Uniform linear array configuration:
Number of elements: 8
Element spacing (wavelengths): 0.75
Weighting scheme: binomial
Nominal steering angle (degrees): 30
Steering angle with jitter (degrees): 29.172
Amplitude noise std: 0.05
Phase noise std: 0.05

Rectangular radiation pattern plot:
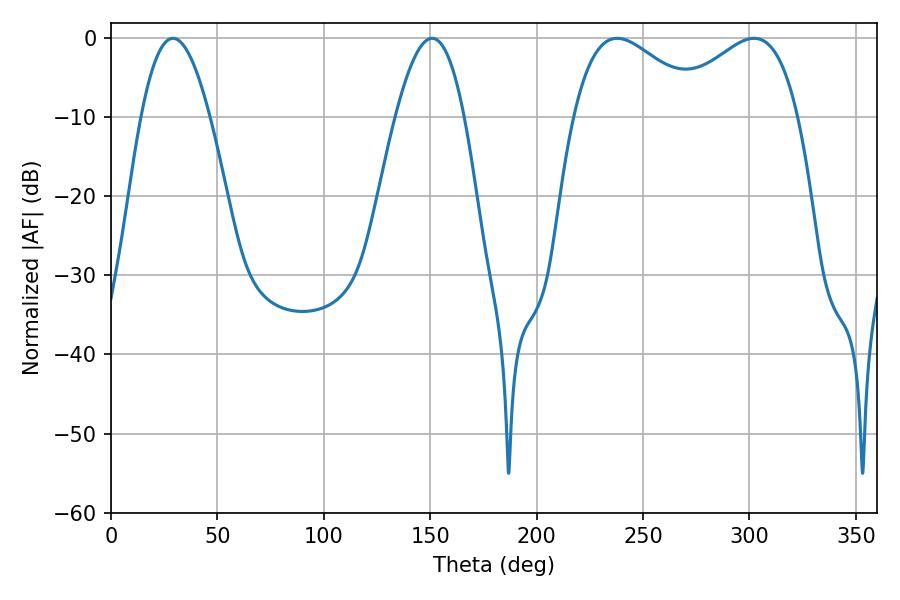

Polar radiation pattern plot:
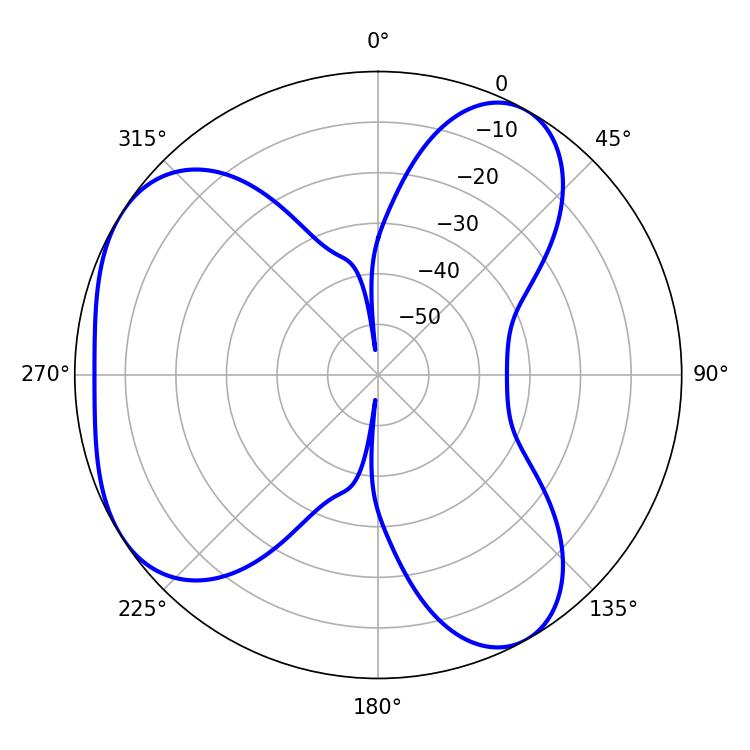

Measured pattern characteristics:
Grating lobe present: TRUE
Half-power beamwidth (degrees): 17.64
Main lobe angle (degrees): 29.16